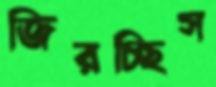
জিরচ্ছিস